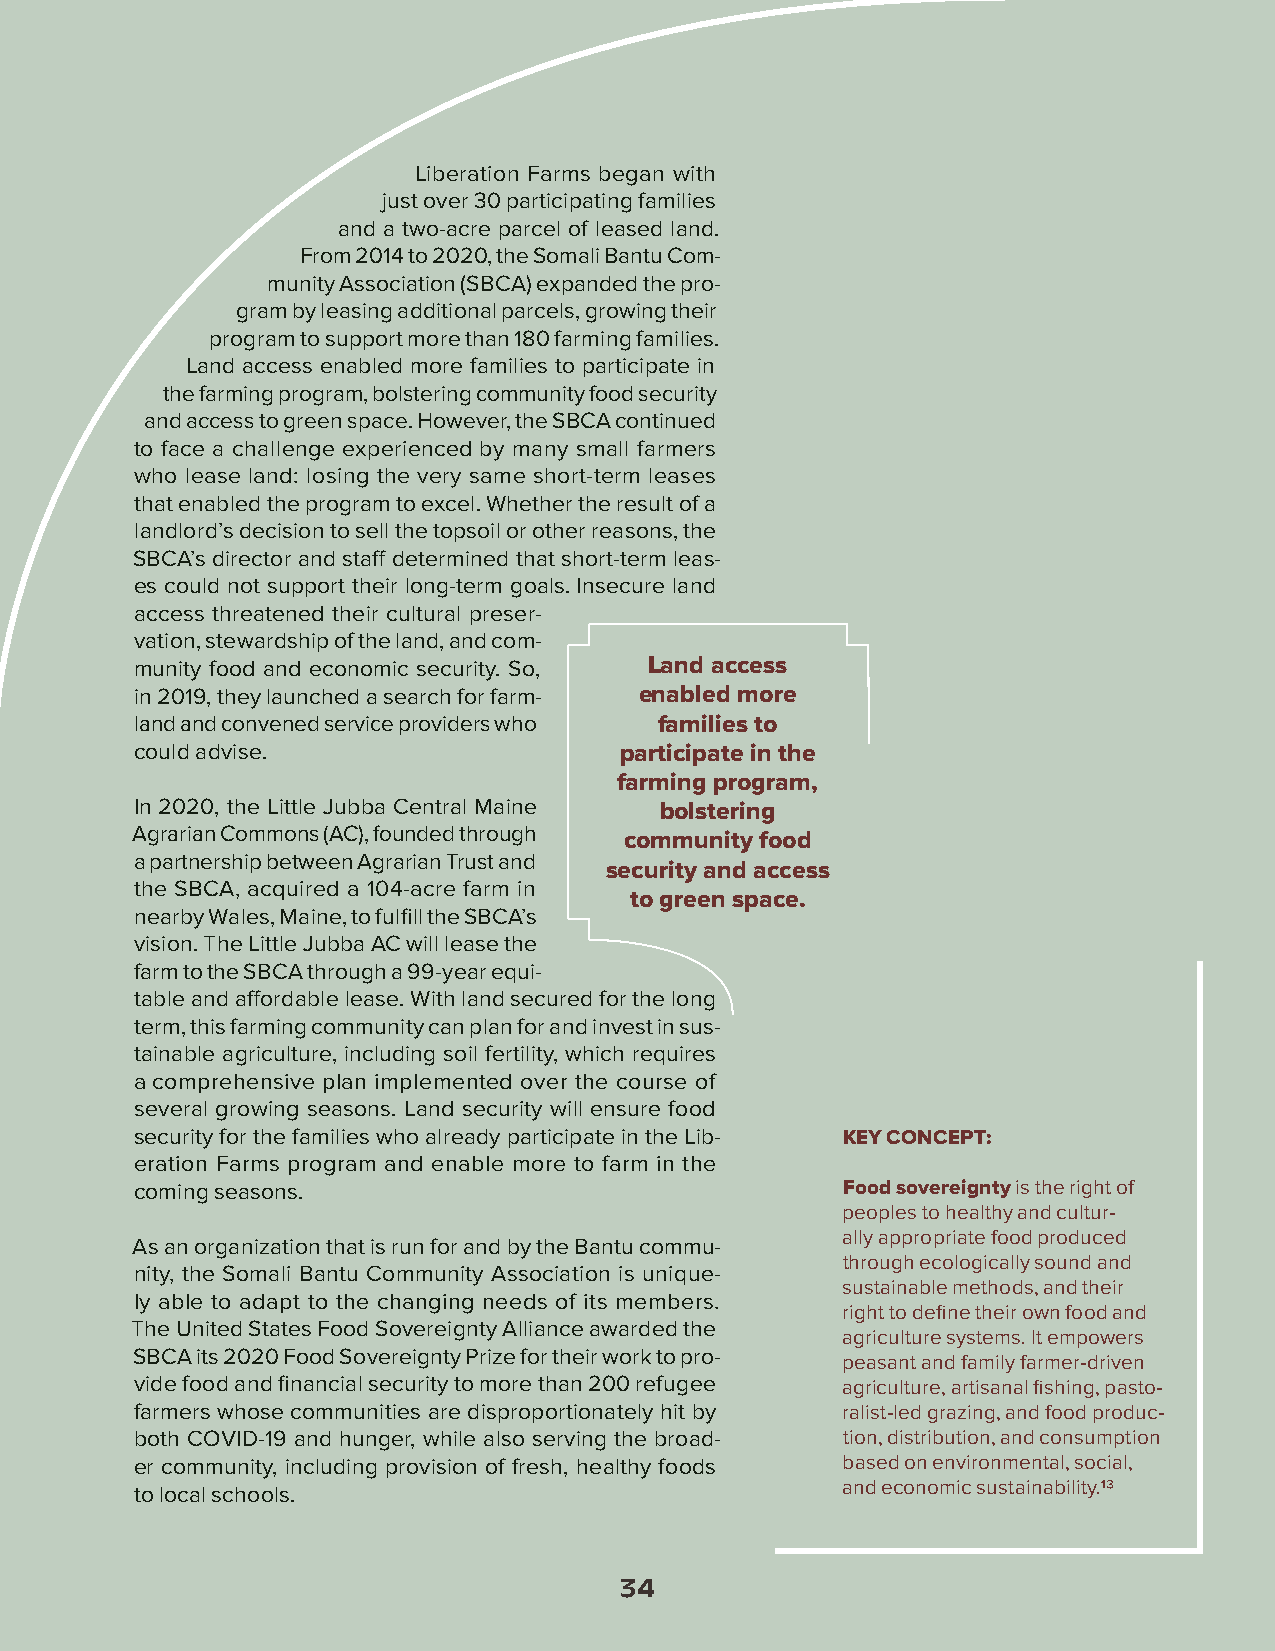
Liberation Farms began with
 just over 30 participating families
 and a two-acre parcel of leased land.
 From 2014 to 2020, the Somali Bantu Com-
 munity Association (SBCA) expanded the pro-
 gram by leasing additional parcels, growing their
 program to support more than 180 farming families.
 Land access enabled more families to participate in
 the farming program, bolstering community food security
 and access to green space. However, the SBCA continued
 to face a challenge experienced by many small farmers
 who lease land: losing the very same short-term leases
 that enabled the program to excel. Whether the result of a
 landlord’s decision to sell the topsoil or other reasons, the
 SBCA’s director and staff determined that short-term leas-
 es could not support their long-term goals. Insecure land
 access threatened their cultural preser-
 vation, stewardship of the land, and com-
 munity food and economic security. So, Land access
 in 2019, they launched a search for farm- enabled more
 land and convened service providers who families to
 could advise.                   participate in the
 farming program,
 In 2020, the Little Jubba Central Maine bolstering
 Agrarian Commons (AC), founded through
 community food
 a partnership between Agrarian Trust and
 security and access
 the SBCA, acquired a 104-acre farm in
 to green space.
 nearby Wales, Maine, to fulfill the SBCA’s
 vision. The Little Jubba AC will lease the
 farm to the SBCA through a 99-year equi-
 table and affordable lease. With land secured for the long
 term, this farming community can plan for and invest in sus-
 tainable agriculture, including soil fertility, which requires
 a comprehensive plan implemented over the course of
 several growing seasons. Land security will ensure food
 security for the families who already participate in the Lib- KEY CONCEPT:
 eration Farms program and enable more to farm in the
 coming seasons.                                Food sovereignty is the right of
 peoples to healthy and cultur-
 ally appropriate food produced
 As an organization that is run for and by the Bantu commu-
 through ecologically sound and
 nity, the Somali Bantu Community Association is unique-
 sustainable methods, and their
 ly able to adapt to the changing needs of its members.
 right to define their own food and
 The United States Food Sovereignty Alliance awarded the
 agriculture systems. It empowers
 SBCA its 2020 Food Sovereignty Prize for their work to pro-
 peasant and family farmer-driven
 vide food and financial security to more than 200 refugee agriculture, artisanal fishing, pasto-
 farmers whose communities are disproportionately hit by ralist-led grazing, and food produc-
 both COVID-19 and hunger, while also serving the broad- tion, distribution, and consumption
 er community, including provision of fresh, healthy foods based on environmental, social,
 to local schools.                              and economic sustainability.13
 34